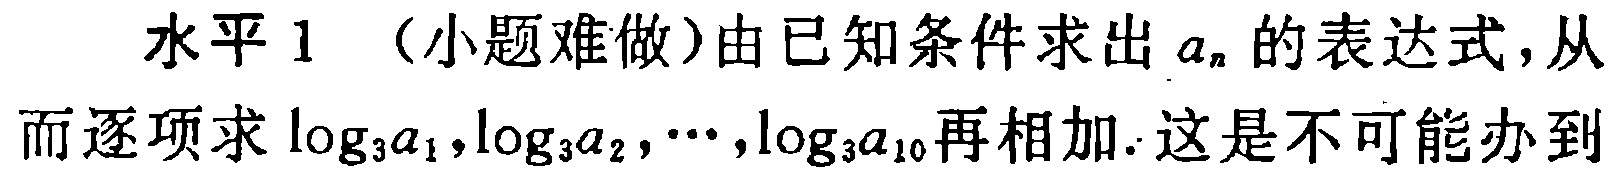
水平 1 （小题难做）由已知条件求出 \(a_{n}\) 的表达式，从而逐项求 \(\log_{3}a_{1},\log_{3}a_{2},\cdots,\log_{3}a_{10}\)再相加. 这是不可能办到